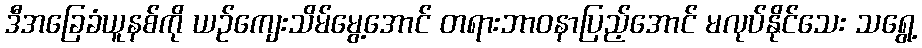
ဒီအခြေခံယူနစ်ကို ယဉ်ကျေးသိမ်မွေ့အောင် တရားဘာဝနာပြည့်အောင် မလုပ်နိုင်သေး သရွေ့